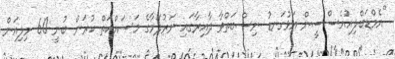
"އެމްޑަބްލިއުއެސްސީން އަޅުގަނޑު ނިސްބަތްވާ ދާއިރާގައި ނަރުދަމާގެ މަސައްކަތް ކުރަން ބުނީ 60 މިލިއަން